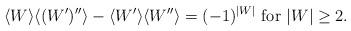
LaTeX: \begin{align*}\langle W\rangle \langle (W')''\rangle -\langle W'\rangle \langle W''\rangle =(-1)^{|W|} \mbox{ for } |W|\geq 2.\end{align*}